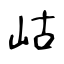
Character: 岵